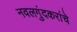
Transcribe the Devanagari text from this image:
नवलगुंदकरांचे